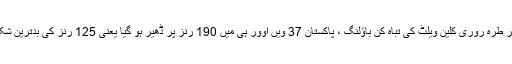
اس پر طرہ روری کلین ویلٹ کی تباہ کن باؤلنگ ، پاکستان 37 ویں اوور ہی میں 190 رنز پر ڈھیر ہو گیا یعنی 125 رنز کی بدترین شکست۔